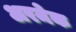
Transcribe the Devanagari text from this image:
अरमेक